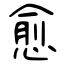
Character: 愈